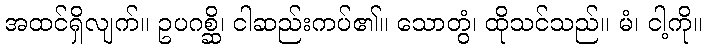
အထင်ရှိလျက်။ ဥပဂစ္ဆိ၊ ငါဆည်းကပ်၏။ သောတွံ၊ ထိုသင်သည်။ မံ၊ ငါ့ကို။